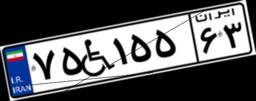
۷۵W۱۵۵۶۳